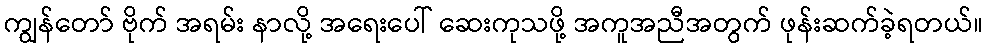
ကျွန်တော် ဗိုက် အရမ်း နာလို့ အရေးပေါ် ဆေးကုသဖို့ အကူအညီအတွက် ဖုန်းဆက်ခဲ့ရတယ်။